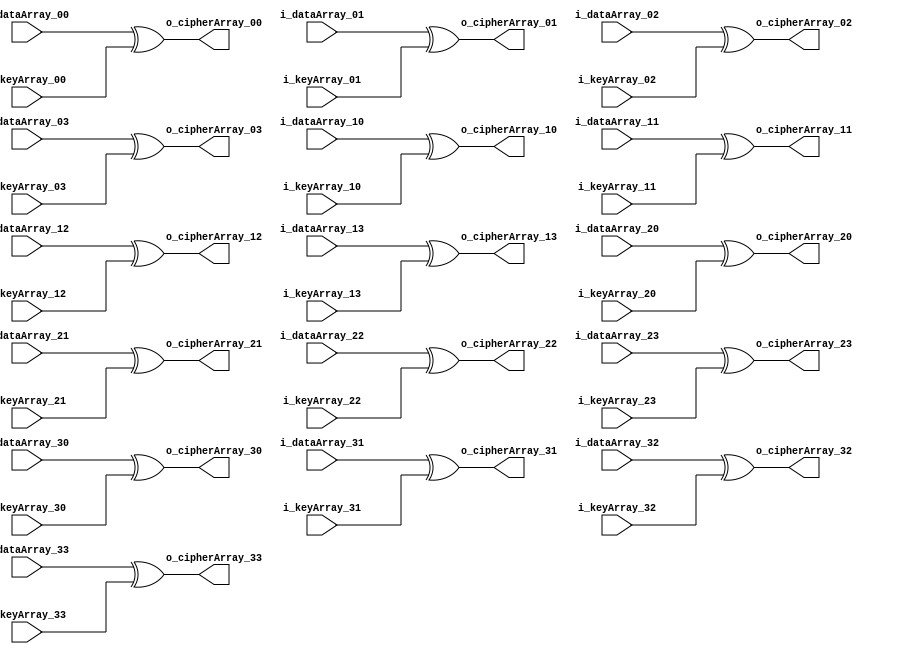

// XORing the data matrix with the key matrix in the initial step and each round 

module Add_RoundKey(
	
	// Input data
	input [7:0] i_dataArray_00,
	input [7:0] i_dataArray_01,
	input [7:0] i_dataArray_02,
	input [7:0] i_dataArray_03,

	input [7:0] i_dataArray_10,
	input [7:0] i_dataArray_11,
	input [7:0] i_dataArray_12,
	input [7:0] i_dataArray_13,

	input [7:0] i_dataArray_20,
	input [7:0] i_dataArray_21,
	input [7:0] i_dataArray_22,
	input [7:0] i_dataArray_23,

	input [7:0] i_dataArray_30,
	input [7:0] i_dataArray_31,
	input [7:0] i_dataArray_32,
	input [7:0] i_dataArray_33,

	// Key
	input [7:0] i_keyArray_00,
	input [7:0] i_keyArray_01,
	input [7:0] i_keyArray_02,
	input [7:0] i_keyArray_03,

	input [7:0] i_keyArray_10,
	input [7:0] i_keyArray_11,
	input [7:0] i_keyArray_12,
	input [7:0] i_keyArray_13,

	input [7:0] i_keyArray_20,
	input [7:0] i_keyArray_21,
	input [7:0] i_keyArray_22,
	input [7:0] i_keyArray_23,

	input [7:0] i_keyArray_30,
	input [7:0] i_keyArray_31,
	input [7:0] i_keyArray_32,
	input [7:0] i_keyArray_33,

	// Output
	output [7:0] o_cipherArray_00,
	output [7:0] o_cipherArray_01,
	output [7:0] o_cipherArray_02,
	output [7:0] o_cipherArray_03,

	output [7:0] o_cipherArray_10,
	output [7:0] o_cipherArray_11,
	output [7:0] o_cipherArray_12,
	output [7:0] o_cipherArray_13,

	output [7:0] o_cipherArray_20,
	output [7:0] o_cipherArray_21,
	output [7:0] o_cipherArray_22,
	output [7:0] o_cipherArray_23,

	output [7:0] o_cipherArray_30,
	output [7:0] o_cipherArray_31,
	output [7:0] o_cipherArray_32,
	output [7:0] o_cipherArray_33
	);
	
	// 1st Row
	assign o_cipherArray_00 = i_dataArray_00 ^ i_keyArray_00;
	assign o_cipherArray_01 = i_dataArray_01 ^ i_keyArray_01;
	assign o_cipherArray_02 = i_dataArray_02 ^ i_keyArray_02;
	assign o_cipherArray_03 = i_dataArray_03 ^ i_keyArray_03;

	// 2nd Row
	assign o_cipherArray_10 = i_dataArray_10 ^ i_keyArray_10;
	assign o_cipherArray_11 = i_dataArray_11 ^ i_keyArray_11;
	assign o_cipherArray_12 = i_dataArray_12 ^ i_keyArray_12;
	assign o_cipherArray_13 = i_dataArray_13 ^ i_keyArray_13;
	
	// 3rd Row
	assign o_cipherArray_20 = i_dataArray_20 ^ i_keyArray_20;
	assign o_cipherArray_21 = i_dataArray_21 ^ i_keyArray_21;
	assign o_cipherArray_22 = i_dataArray_22 ^ i_keyArray_22;
	assign o_cipherArray_23 = i_dataArray_23 ^ i_keyArray_23;

	// 4th Row
	assign o_cipherArray_30 = i_dataArray_30 ^ i_keyArray_30;
	assign o_cipherArray_31 = i_dataArray_31 ^ i_keyArray_31;
	assign o_cipherArray_32 = i_dataArray_32 ^ i_keyArray_32;
	assign o_cipherArray_33 = i_dataArray_33 ^ i_keyArray_33;

endmodule